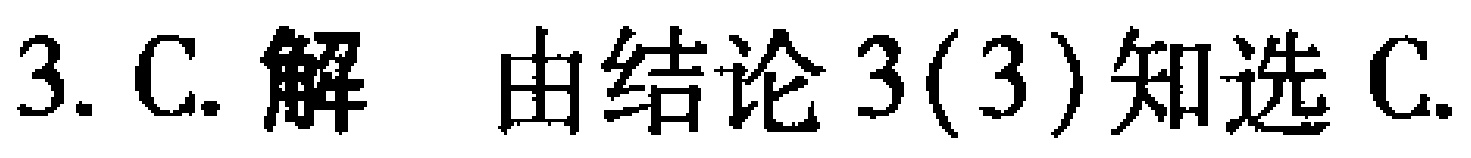
3. C. 解 由结论3(3)知选C.